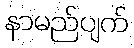
နာမည်ပျက်